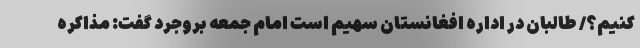
کنیم؟/ طالبان در اداره افغانستان سهیم است امام جمعه بروجرد گفت: مذاکره